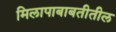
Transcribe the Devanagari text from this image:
मिलापाबाबतीतील